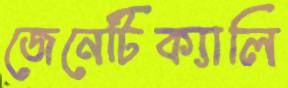
জেনেটিক্যালি